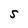
Character: S